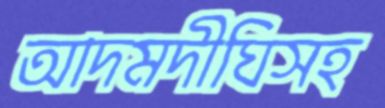
আদমদীঘিসহ